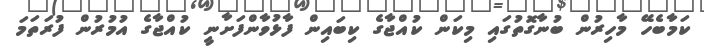
ކަމާބެހޭ މާހިރުން ބުނާގޮތުގައި މިކަން ކުއްޖާގެ ކިބައިން ފާޅުވާންފަށާނީ ކުއްޖާގެ އުމުރުން ފުރަތަމަ